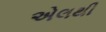
એલથી